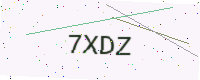
Text: 7XDZ